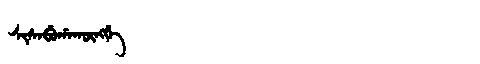
Manchu: ᠰᡳᠰᠠᠪᡠᡥᠠᡴᡡᠩᡤᡝ
Romanization: SISABUHAKŪNGGE